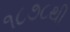
૧૮૭૮થી